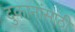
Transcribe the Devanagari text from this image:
दुकानांसाठी